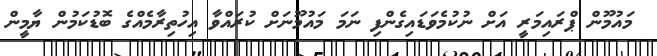
މައުމޫން ޕްރައިމަރީ އަށް ނުކުމެވަޑައިގެންފި ނަމަ މައުމޫނަށް ކުރައްވާ އިހުތިރާމެއްގެ ބޮޑުކަމުން ޔާމީން